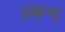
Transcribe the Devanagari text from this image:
प्रबन्द